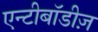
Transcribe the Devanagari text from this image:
एन्टीबॉडीज़